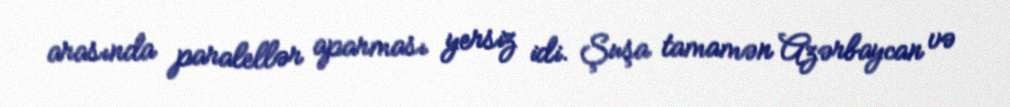
arasında paralellər aparması yersiz idi. Şuşa tamamən Azərbaycan və